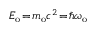
E _ { \mathrm { o } } \! = \! m _ { \mathrm { o } } c ^ { 2 } \! = \! \hbar \omega _ { \mathrm { o } }